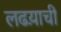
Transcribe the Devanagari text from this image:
लढय़ाची